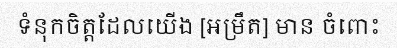
ទំនុកចិត្តដែលយើង [អម្រឹត] មាន ចំពោះ